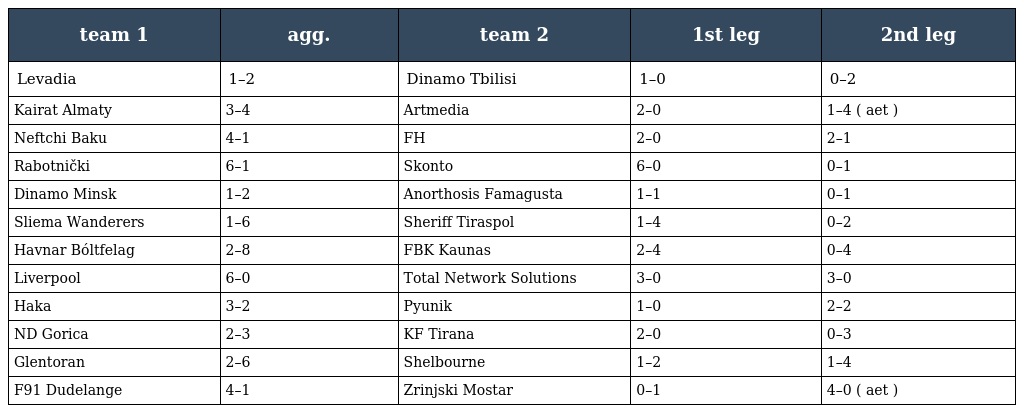
| team 1 | agg. | team 2 | 1st leg | 2nd leg |
 | --- | --- | --- | --- | --- |
 | Levadia | 1–2 | Dinamo Tbilisi | 1–0 | 0–2 |
 | Kairat Almaty | 3–4 | Artmedia | 2–0 | 1–4 ( aet ) |
 | Neftchi Baku | 4–1 | FH | 2–0 | 2–1 |
 | Rabotnički | 6–1 | Skonto | 6–0 | 0–1 |
 | Dinamo Minsk | 1–2 | Anorthosis Famagusta | 1–1 | 0–1 |
 | Sliema Wanderers | 1–6 | Sheriff Tiraspol | 1–4 | 0–2 |
 | Havnar Bóltfelag | 2–8 | FBK Kaunas | 2–4 | 0–4 |
 | Liverpool | 6–0 | Total Network Solutions | 3–0 | 3–0 |
 | Haka | 3–2 | Pyunik | 1–0 | 2–2 |
 | ND Gorica | 2–3 | KF Tirana | 2–0 | 0–3 |
 | Glentoran | 2–6 | Shelbourne | 1–2 | 1–4 |
 | F91 Dudelange | 4–1 | Zrinjski Mostar | 0–1 | 4–0 ( aet ) |